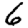
Digit: 6